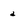
Character: a